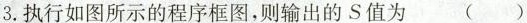
3.执行如图所示的程序框图，则输出的S值为 ()